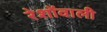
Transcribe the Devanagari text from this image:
रेशोंवाली